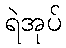
ရဲအုပ်